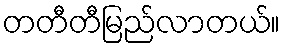
တတီတီမြည်လာတယ်။